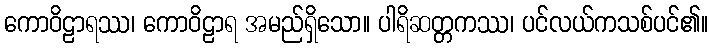
ကောဝိဠာရဿ၊ ကောဝိဠာရ အမည်ရှိသော။ ပါရိဆတ္တကဿ၊ ပင်လယ်ကသစ်ပင်၏။